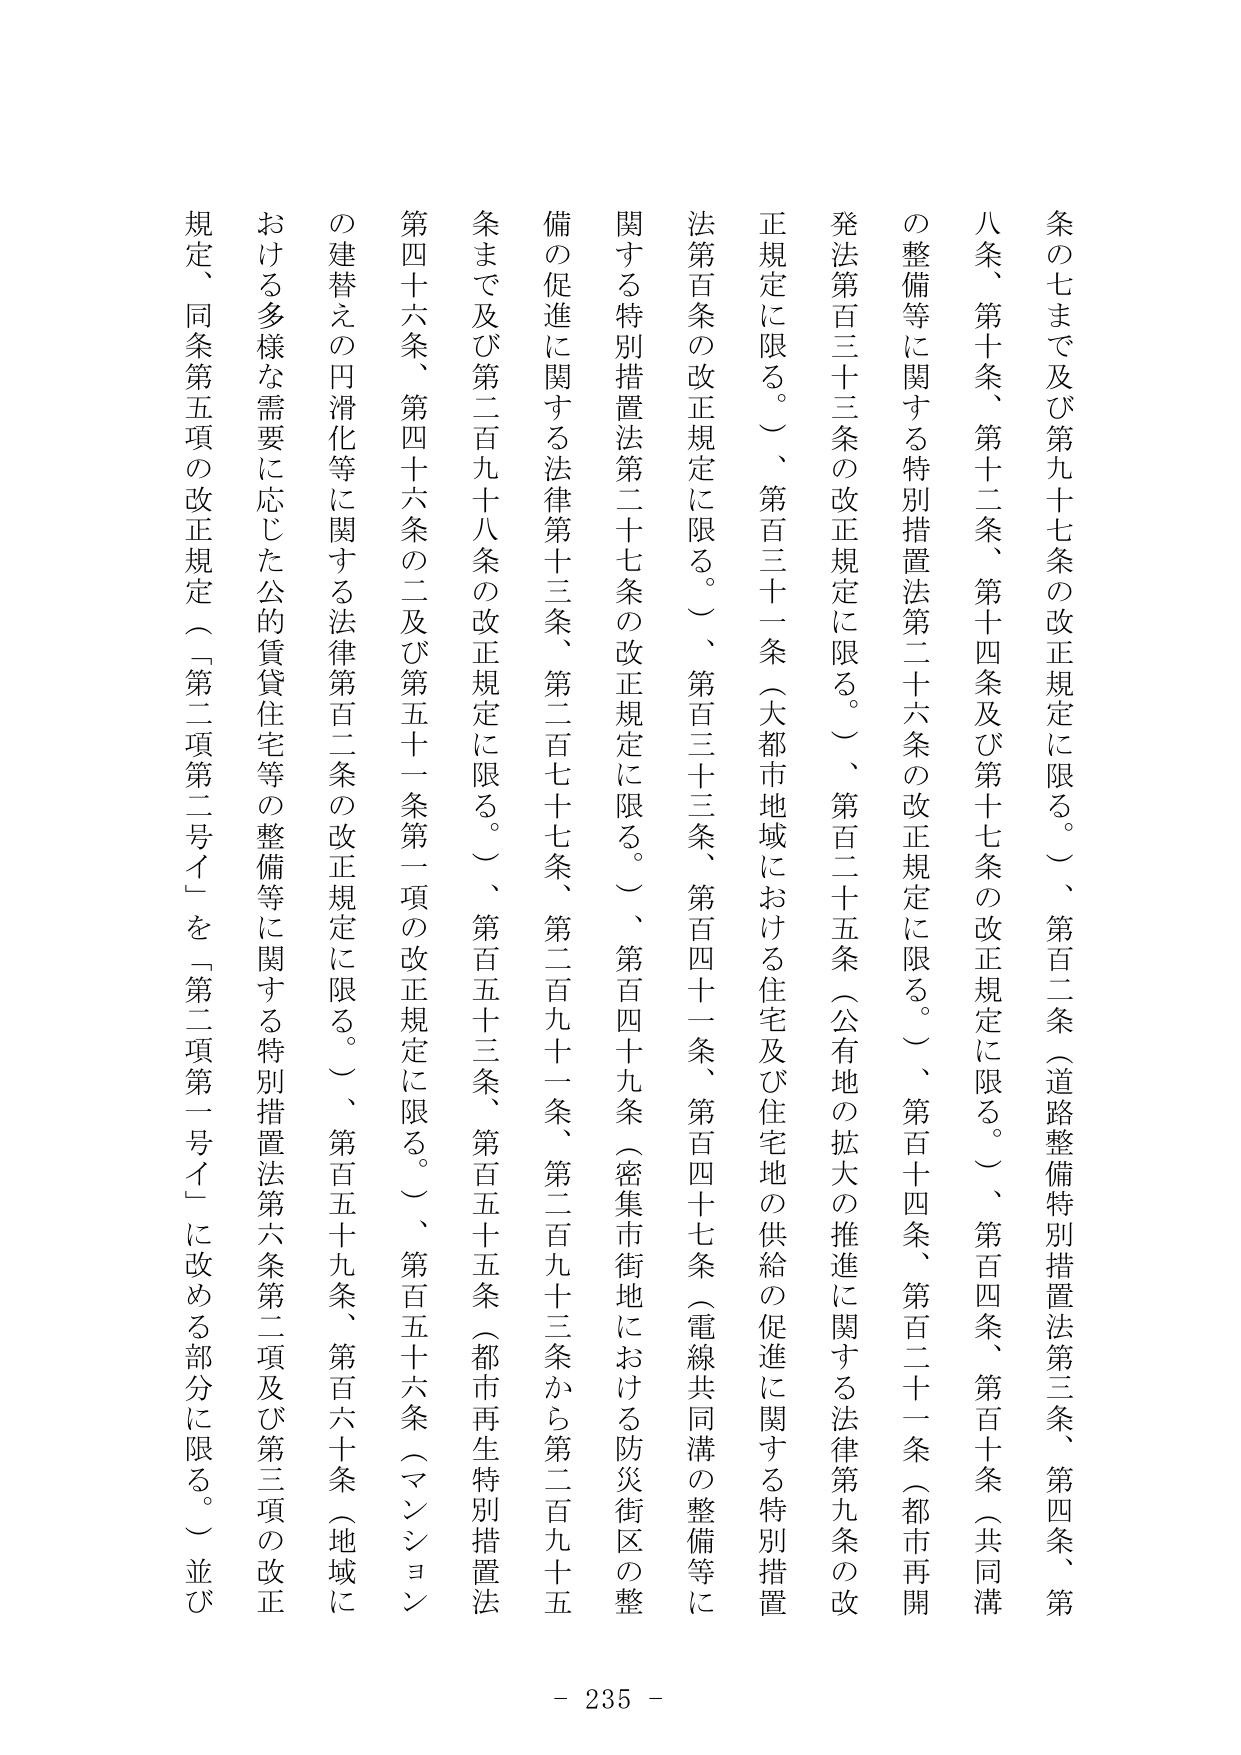
条の七まで及び第九十七条の改正規定に限る。）、第百二条（道路整備特別措置法第三条、第四条、第
八条、第十条、第十二条、第十四条及び第十七条の改正規定に限る。）、第百四条、第百十条（共同溝
の整備等に関する特別措置法第二十六条の改正規定に限る。）、第百十四条、第百二十一条（都市再開
発法第百三十三条の改正規定に限る。）、第百二十五条（公有地の拡大の推進に関する法律第九条の改
正規定に限る。）、第百三十一条（大都市地域における住宅及び住宅地の供給の促進に関する特別措置
法第百条の改正規定に限る。）、第百三十三条、第百四十一条、第百四十七条（電線共同溝の整備等に
関する特別措置法第二十七条の改正規定に限る。）、第百四十九条（密集市街地における防災街区の整
備の促進に関する法律第十三条、第二百七十七条、第二百九十一条、第二百九十三条から第二百九十五
条まで及び第二百九十八条の改正規定に限る。）、第百五十三条、第百五十五条（都市再生特別措置法
第四十六条、第四十六条の二及び第五十一条第一項の改正規定に限る。）、第百五十六条（マンション
の建替えの円滑化等に関する法律第百二条の改正規定に限る。）、第百五十九条、第百六十条（地域に
おける多様な需要に応じた公的賃貸住宅等の整備等に関する特別措置法第六条第二項及び第三項の改正
規定、同条第五項の改正規定（「第二項第二号イ」を「第二項第一号イ」に改める部分に限る。）並び
- 235 -